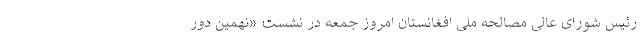
رئیس شورای عالی مصالحه ملی افغانستان امروز جمعه در نشست «نهمین دور